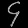
Digit: ၄